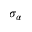
\sigma _ { \alpha }